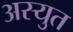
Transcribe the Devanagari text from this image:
अस्युत